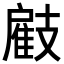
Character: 𢻠